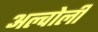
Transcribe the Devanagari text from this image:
अल्वोली